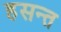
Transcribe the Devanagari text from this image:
हसन्त